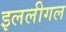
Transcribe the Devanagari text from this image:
इललीगल